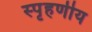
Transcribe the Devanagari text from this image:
स्‍पृहणीय